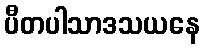
ပီတပါသာဒသယနေ